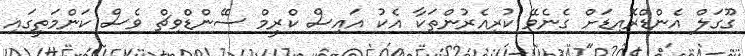
ގޫގަލް އެންޑްރޮއިޑަށް ގެނެވޭ ކުރިއެރުންތަކާ އެކު އައިސް ކްރީމް ސޭންޑްވިޗް ވެސް ކަންމަތީގައި